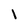
Character: 1